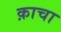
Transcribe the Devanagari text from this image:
क़ाचा